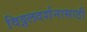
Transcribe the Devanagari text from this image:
विठ्ठलदर्शनासाठी